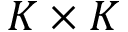
K \times K